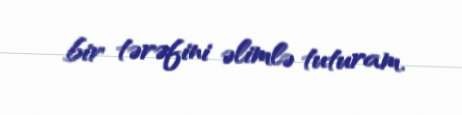
bir tərəfini əlimlə tuturam.